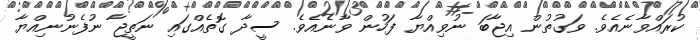
ކުރައްވާނެއެވެ. ވަގުތުން އިޖާބަ ނުވިއްޔާ ފަހުން ވާނެއެވެ. ސީދާ ގޮތެއްގައި ނަތީޖާ ނުފެނުނިއްޔާ